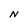
Character: N